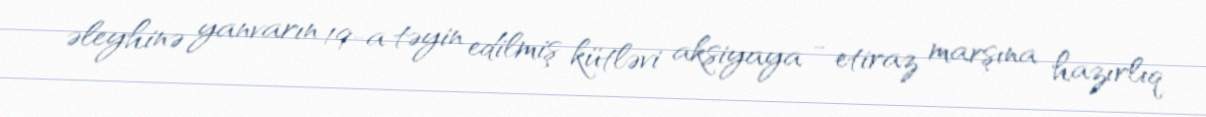
əleyhinə yanvarın 19-a təyin edilmiş kütləvi aksiyaya - etiraz marşına hazırlıq